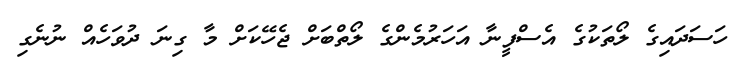
ހަސަދައިގެ ލޯތަކުގެ އެސްފީނާ އަހަރުމެންގެ ލޯތްބަށް ޖެހޭކަށް މާ ގިނަ ދުވަހެއް ނުނެގި